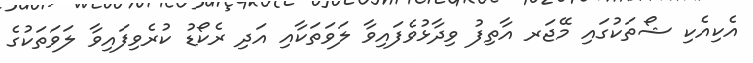
އެކިއެކި ޝޯތަކުގައި މޭޖަރ އާތިފު ވިދާޅުވެފައިވާ ލަވަތަކާއި އަދި ރެކޯޑު ކުރެވިފައިވާ ލަވަތަކުގެ